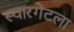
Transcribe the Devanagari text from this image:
स्वारगेटला